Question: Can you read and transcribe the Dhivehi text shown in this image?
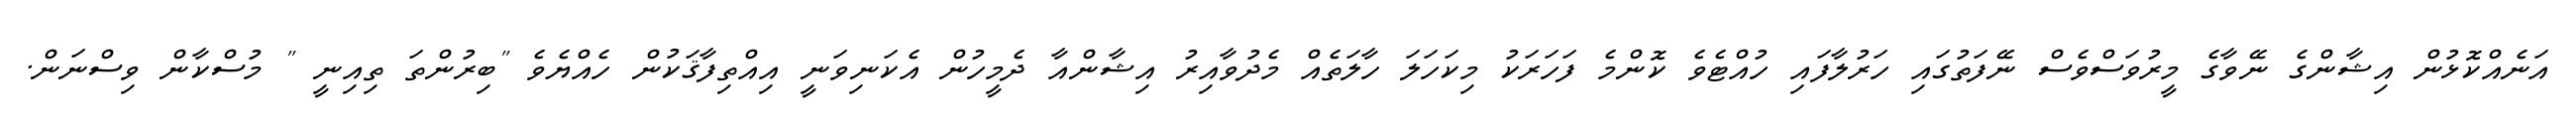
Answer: އަނެއްކޮޅުން އިޝާންގެ ނޭވާގެ މީރުވަސްވެސް ނޭފަތުގައި ހަރުލާފައި ހުއްޓެވެ ކޮންމެ ފަހަރަކު މިކަހަލަ ހާލަތެއް މެދުވާއިރު އިޝާންއާ ދެމީހުން އެކަނިވަނީ އިއްތިފާޤަކުން ހެއްޔެވެ "ބިރުންތަ ތިއިނީ " މުސްކާން ވިސްނަން.